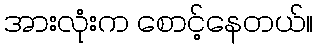
အားလုံးက စောင့်နေတယ်။